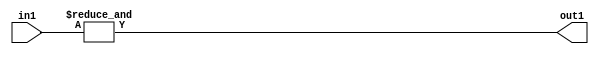
`timescale 1ps / 1ps
/*****************************************************************************
    Verilog RTL Description
    
    
    Created by: Stratus DpOpt 2019.1.01 
*******************************************************************************/

module st_weight_addr_gen_AndReduction_2S_1U_4_8 (
	in1,
	out1
	); /* architecture "behavioural" */ 
input [1:0] in1;
output  out1;
wire  asc001;

assign asc001 = 
	(&in1);

assign out1 = asc001;
endmodule

/* CADENCE  urfwTQk= : u9/ySgnWtBlWxVPRXgAZ4Og= ** DO NOT EDIT THIS LINE ******/